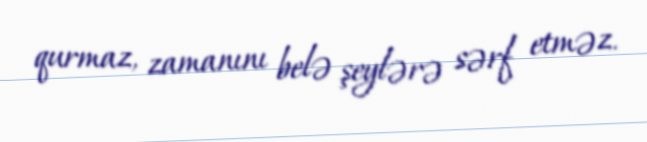
qurmaz, zamanını belə şeylərə sərf etməz.